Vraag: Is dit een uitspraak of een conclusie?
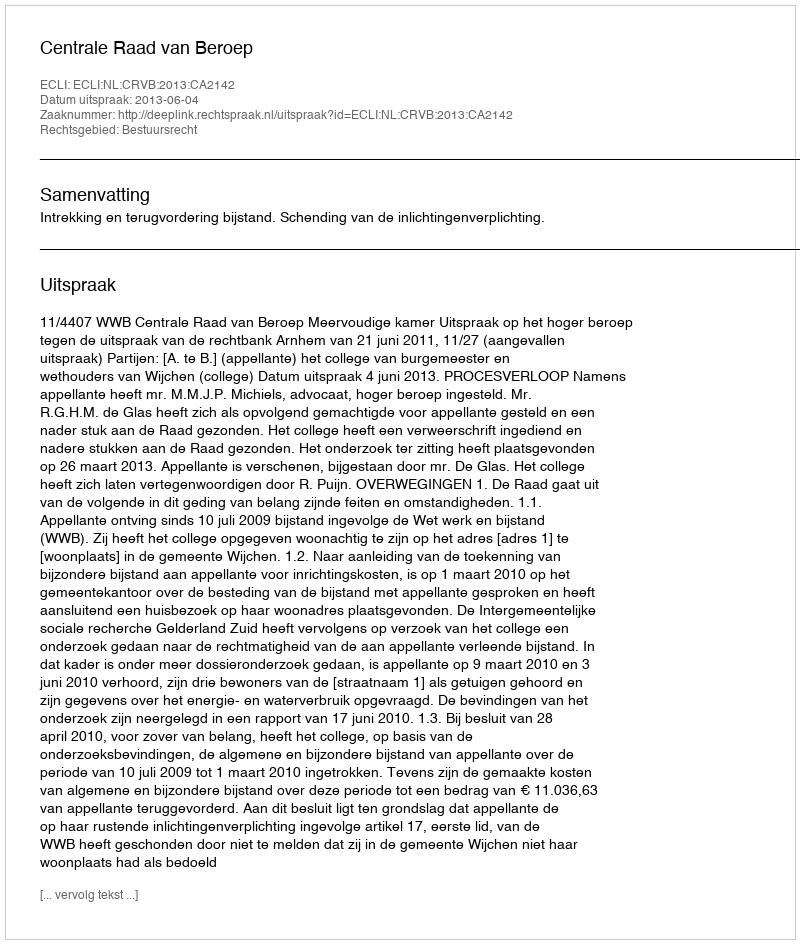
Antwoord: Uitspraak